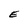
Character: E